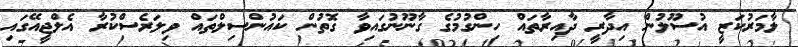
ލާމަރުކަޒީ އުސޫލުން އިދާރީ ދާއިރާތައް ހިންގުމުގެ ގާނޫނުގައިވާ ގޮތުން ކައުންސިލްތައް ވިލަރެސްކުރާ އެލްޖީއޭގައި